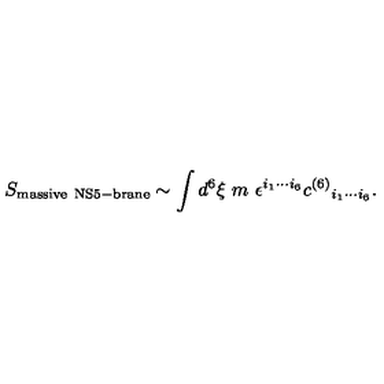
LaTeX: S _ { \mathrm { m a s s i v e \ N S 5 - b r a n e } } \sim \int d ^ { 6 } \xi \ m \ \epsilon ^ { i _ { 1 } \cdots i _ { 6 } } c ^ { ( 6 ) } { } _ { i _ { 1 } \cdots i _ { 6 } } .